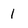
Character: 1